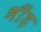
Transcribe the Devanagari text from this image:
भींड़